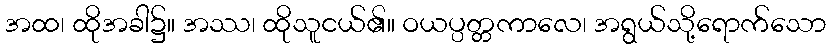
အထ၊ ထိုအခါ၌။ အဿ၊ ထိုသူငယ်၏။ ဝယပ္ပတ္တကာလေ၊ အရွယ်သို့ရောက်သော